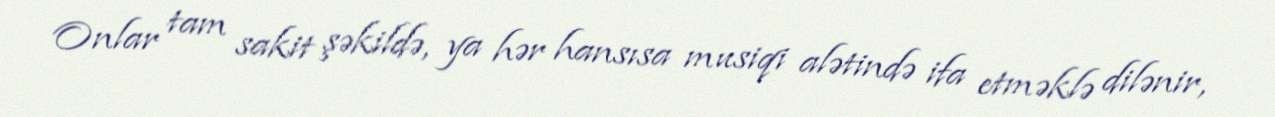
Onlar tam sakit şəkildə, ya hər hansısa musiqi alətində ifa etməklə dilənir,